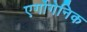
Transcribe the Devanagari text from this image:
एर्गोगेनिक